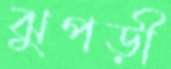
ঝুপড়ী